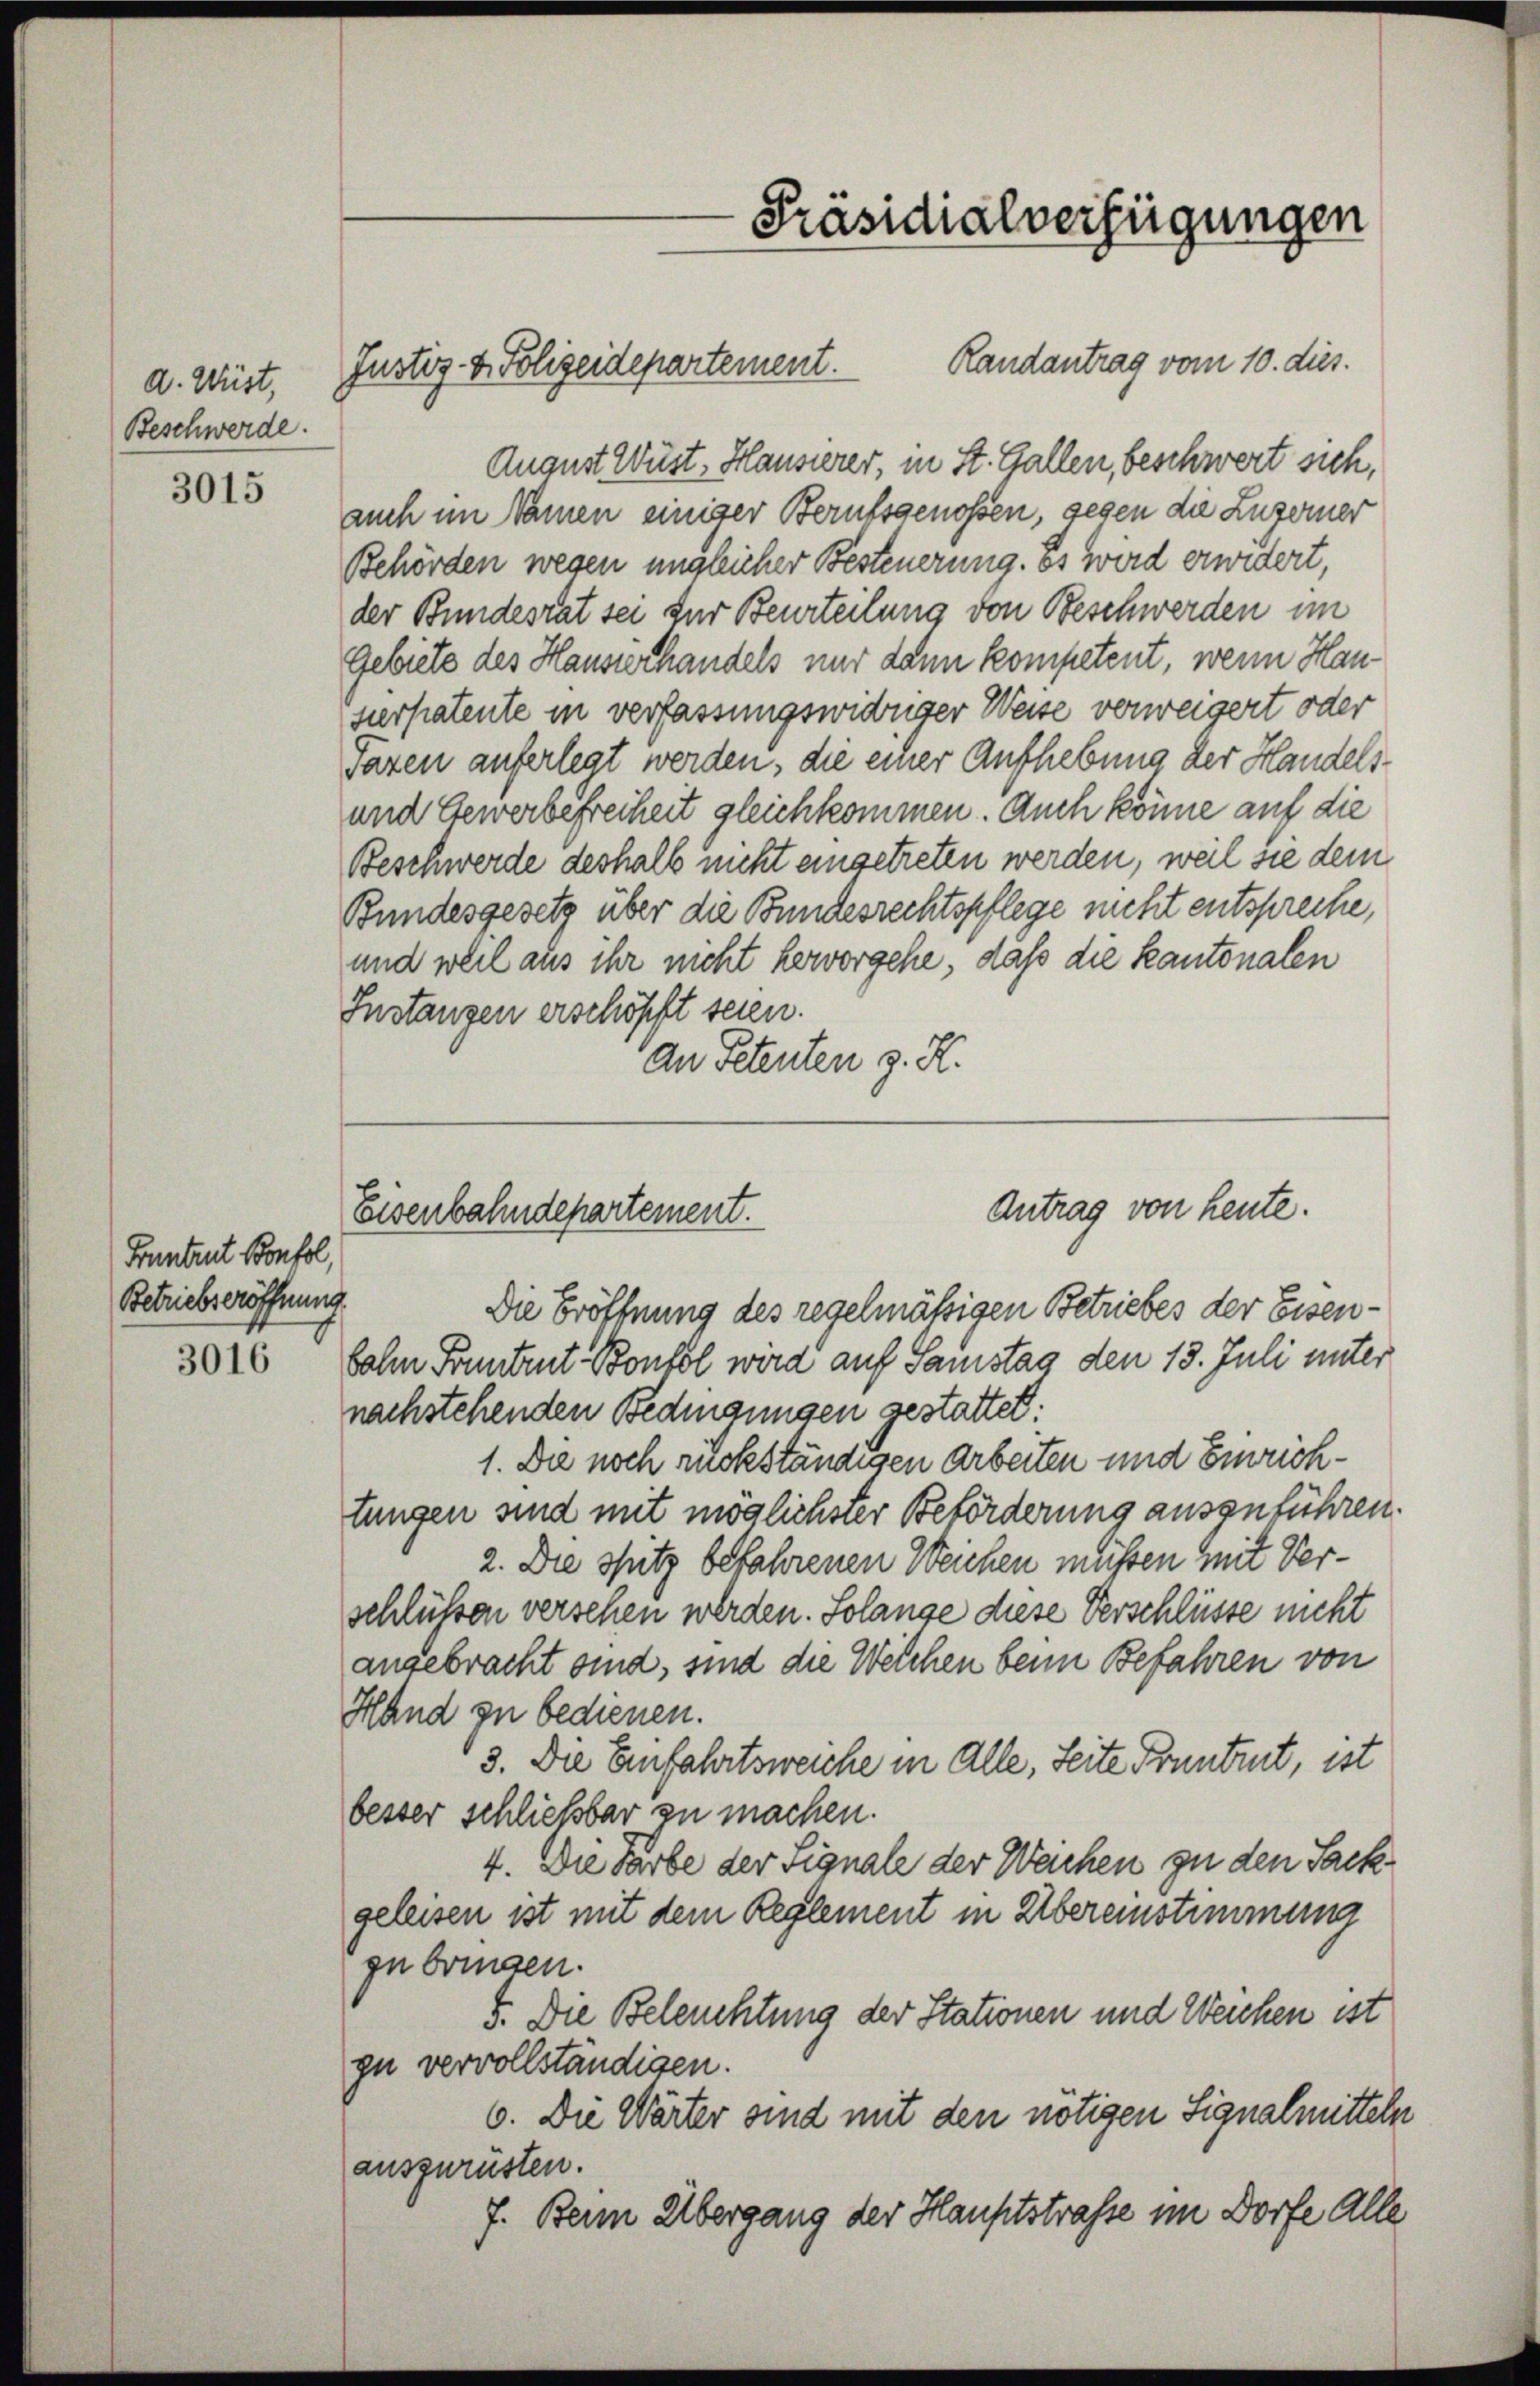
d. Wüst,
Beschwerde.

3015

Funtrut Bonfol,
Betriebseröffnung

3016

Randantrag vom 10. dies.
August Wust, Hausierer, in St. Gallen, beschwert sich,
auch im Namen einiger Berufsgenossen, gegen die Luzerner
Behörden wegen ungleicher Besteuerung. Es wird erwidert,
der Bundesrat sei für Beurteilung von Beschwerden im
Gebiete des Hausverhandels nur dann kompetent, wenn Hausierpatente in verfassungswidriger Weise verweigert oder
Paren auferlegt werden, die einer Aufhebung der Handels¬
und Gewerbefreiheit gleichkommen. Auch könne auf die
Beschwerde deshalb nicht eingetreten werden, weil sie dem
Bundesgesetz über die Bundesrechtspflege nicht entspreche,
und weil aus ihr nicht hervorgehe, daß die Kantonalen
Instanzen erschöpft seien.
dn Petenten z. H.

Justiz- & Polizeidepartement.

Präsidialverfügungen

Antrag von heute.
Eisenbahndepartement.

Die Eröffnung des regelmäßigen Betriebes der Eisensohn Sonntent Bonbol wird auf Samstag den 18. Juli unter
nachstehenden Bedingungen gestattet:
1. Die noch rückständigen Arbeiten und Einrichtungen sind mit möglichster Beförderung ausgeführen.
2. Die Spitz befahrenen Weichen müssen mit Verschlüssen versehen werden. Solange diese Verschlüsse nicht
angebracht sind, sind die Welchen beim Befahren von
Hand zu bedienen.
3. Die Einfahrtsweiche in Alle, Seite Pruntrut, ist
besser schließbar zu machen.
4. Die Farbe der Signale der Weichen zu den Sack
geleisen ist mit dem Reglement in Übereinstimmung
zu bringen.
5. Die Beleuchtung der Stationen und Weichen ist
zu vervollständigen.
6. Die Wärter sind mit den nötigen Signalmitteln
auszurüsten.
7. Beim Übergang der Hauptstraße im Dorfe Alle